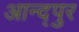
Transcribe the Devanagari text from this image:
आन्द्पुर